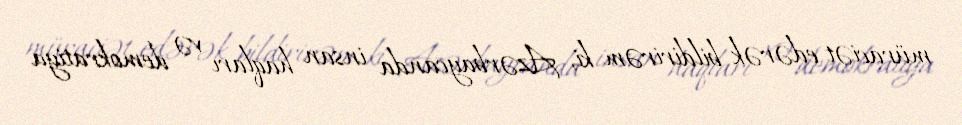
müraciət edərək bildirirəm ki, Azərbaycanda insan haqları və demokratiya